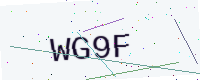
Text: WG9F